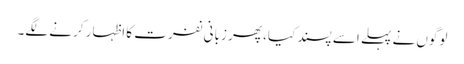
لوگوں نے پہلے اسے پسند کیا، پھر زبانی نفرت کا اظہار کرنے لگے۔